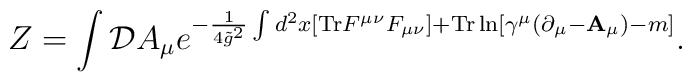
Z= \int   {\cal D} A_\mu e^{ -{1\over 4 {\tilde g}^2}\int d^2  x   [{\rm Tr}  F^{\mu \nu}  F_{\mu \nu} ] +  {\rm Tr} \ln[\gamma^\mu ( \partial_\mu - {\bf A}_\mu)-m ]}.